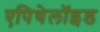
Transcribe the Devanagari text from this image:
एपिथेलॉइड